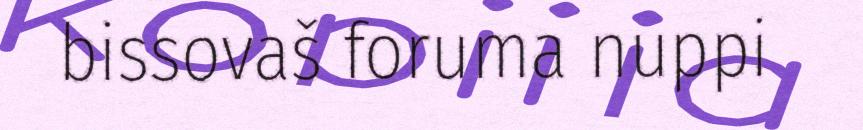
bissovaš foruma nuppi